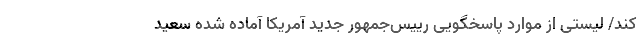
کند/ لیستی از موارد پاسخگویی رییس‌جمهور جدید آمریکا آماده شده سعید